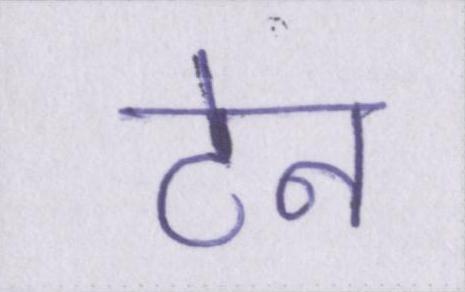
टेन